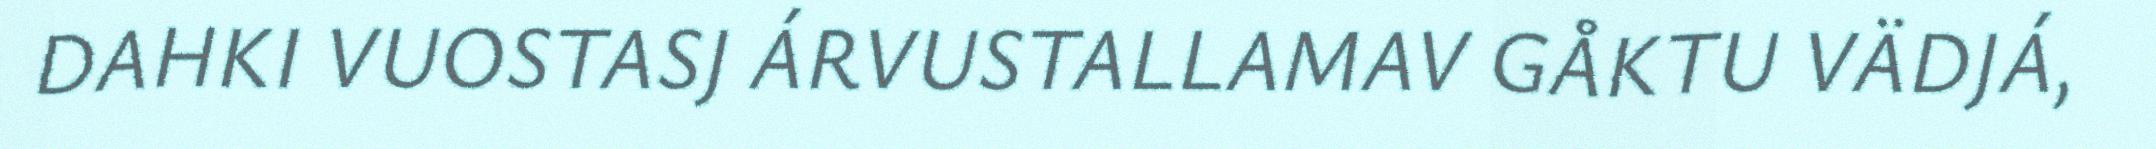
DAHKI VUOSTASJ ÁRVUSTALLAMAV GÅKTU VÄDJÁ,